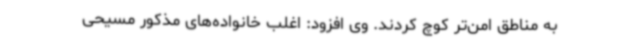
به مناطق امن‌تر کوچ کردند. وی افزود: اغلب خانواده‌های مذکور مسیحی